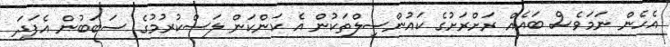
އެހެން ނަމަވެސް ބައެއް ރަށްރަށުގެ ކައުންސިލްތަކުން އެ ކަންކަން ލަސްކުރުމުގެ ސަބަބުން އެފަދަ